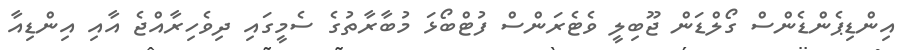
އިންޑިޕެންޑެންސް ގޯލްޑަން ޖޫބިލީ ވެޓެރަންސް ފުޓްބޯޅަ މުބާރާތުގެ ސެމީގައި ދިވެހިރާއްޖެ އާއި އިންޑިއާ